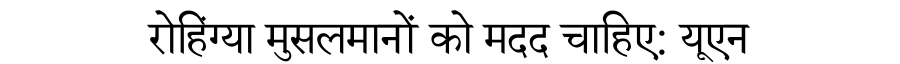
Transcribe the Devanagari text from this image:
रोहिंग्या मुसलमानों को मदद चाहिए: यूएन